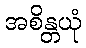
အစိန္တယုံ